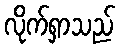
လိုက်ရှာသည်